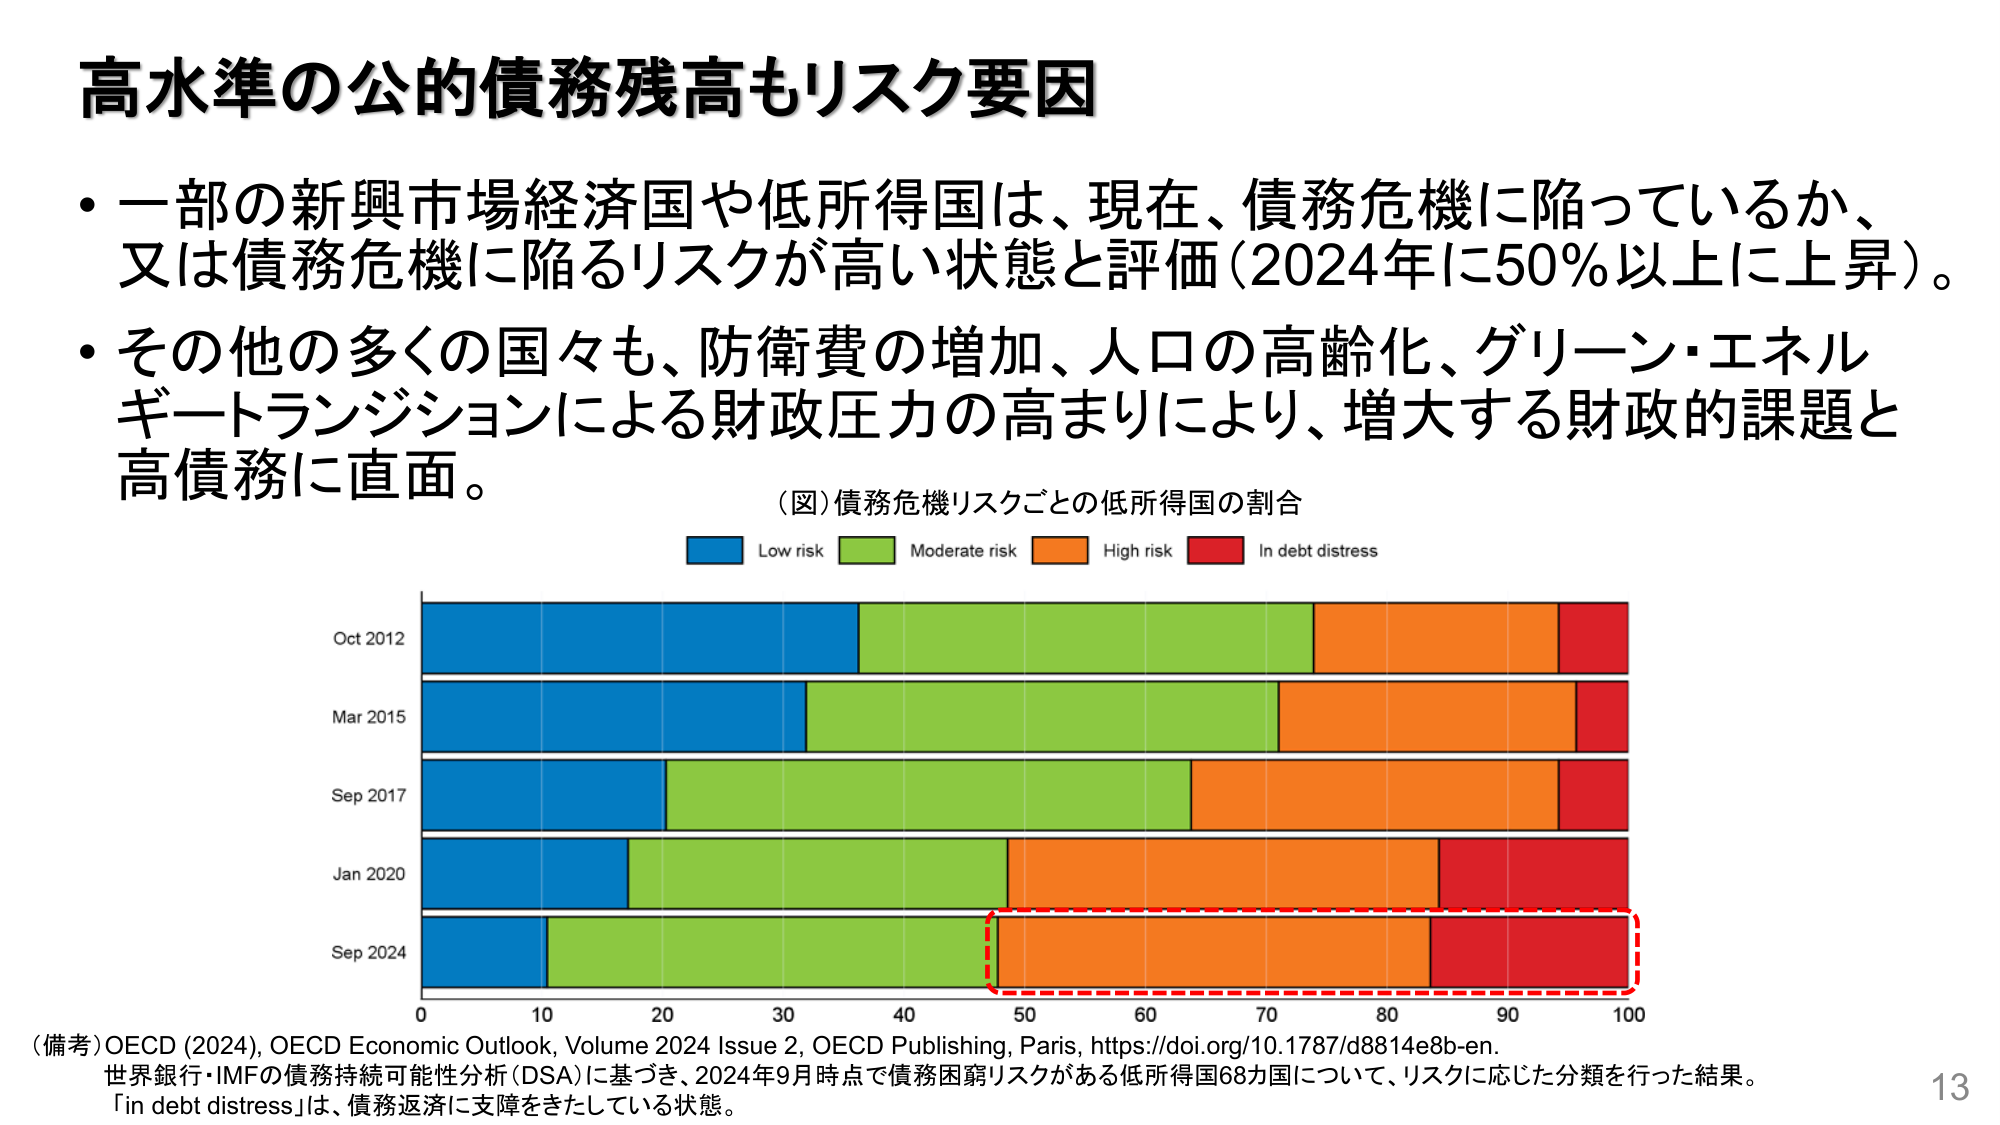
高水準の公的債務残高もリスク要因

・一部の新興市場経済国や低所得国は、現在、債務危機に陥っているか、
又は債務危機に陥るリスクが高い状態と評価（2024年に50％以上に上昇）。

・その他の多くの国々も、防衛費の増加、人口の高齢化、グリーン・エネルギートランジションによる財政圧力の高まりにより、増大する財政的課題と
高債務に直面。

（図）債務危機リスクごとの低所得国の割合
Low risk　Moderate risk　High risk　In debt distress

Oct 2012
Mar 2015
Sep 2017
Jan 2020
Sep 2024
0　10　20　30　40　50　60　70　80　90　100

（備考）OECD (2024), OECD Economic Outlook, Volume 2024 Issue 2, OECD Publishing, Paris, https://doi.org/10.1787/d8814e8b-en.
世界銀行・IMFの債務持続可能性分析（DSA）に基づき、2024年9月時点で債務困窮リスクがある低所得国68カ国について、リスクに応じた分類を行った結果。
「in debt distress」は、債務返済に支障をきたしている状態。

13